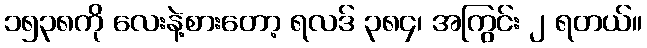
၁၅၃၈ကို လေးနဲ့စားတော့ ရလဒ် ၃၈၄၊ အကြွင်း ၂ ရတယ်။